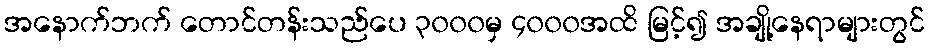
အနောက်ဘက် တောင်တန်းသည်ပေ ၃၀၀၀မှ ၄၀၀၀အထိ မြင့်၍ အချို့နေရာများတွင်